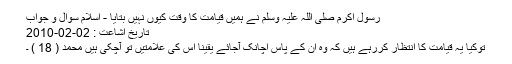
رسول اکرم صلی اللہ علیہ وسلم نے ہمیں قیامت کا وقت کیوں نہیں بتایا - اسلام سوال و جواب
تاریخ اشاعت : 02-02-2010
توکیا یہ قیامت کا انتظار کررہے ہیں کہ وہ ان کے پاس اچانک آجائے یقینا اس کی علامتیں تو آچکی ہیں محمد ( 18 ) ۔